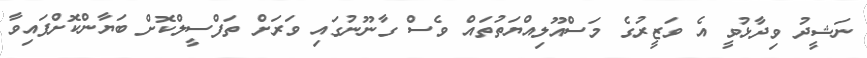
ނަޝީދު ވިދާޅުވީ އެ ވަޒީރުގެ މަސްއޫލިއްޔަތުތައް ވެސް ގާނޫނުގައި ވަރަށް ތަފްސީލްކޮށް ބަޔާންކޮށްފައިވާ